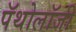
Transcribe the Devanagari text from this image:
पॅथोलॉजी